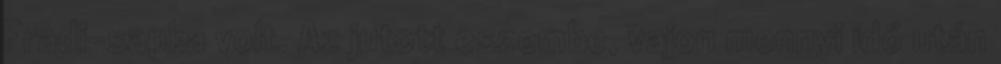
Fradi-sapka volt. Az jutott eszembe, vajon mennyi idő után